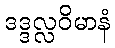
ဒဒ္ဒလ္လဝိမာနံ